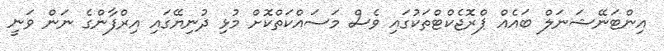
އިންޓަނޭޝަނަލް ބައެއް ޕްރޮޖެކްޓްތަކުގައި ވެސް މަސައްކަތްކޮށް މުޅި ދުނިޔޭގައި އިރްފާންގެ ނަން ވަނީ